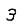
Digit: 3